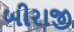
બીરાજી